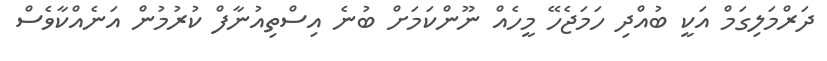
ދަރްމަލިގަމް އަކީ ބުއްދި ހަމަޖެހޭ މީހެއް ނޫންކަމަށް ބުނެ އިސްތިއުނާފް ކުރުމުން އަނެއްކާވެސް